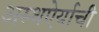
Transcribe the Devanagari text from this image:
अस्थऐर्याची